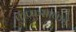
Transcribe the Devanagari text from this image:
फुप्फुसाकडे